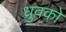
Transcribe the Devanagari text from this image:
ध्रुवको